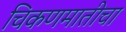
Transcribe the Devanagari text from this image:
चिकणमातीचा